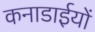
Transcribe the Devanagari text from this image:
कनाडाईयों